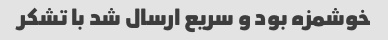
خوشمزه بود و سریع ارسال شد با تشکر